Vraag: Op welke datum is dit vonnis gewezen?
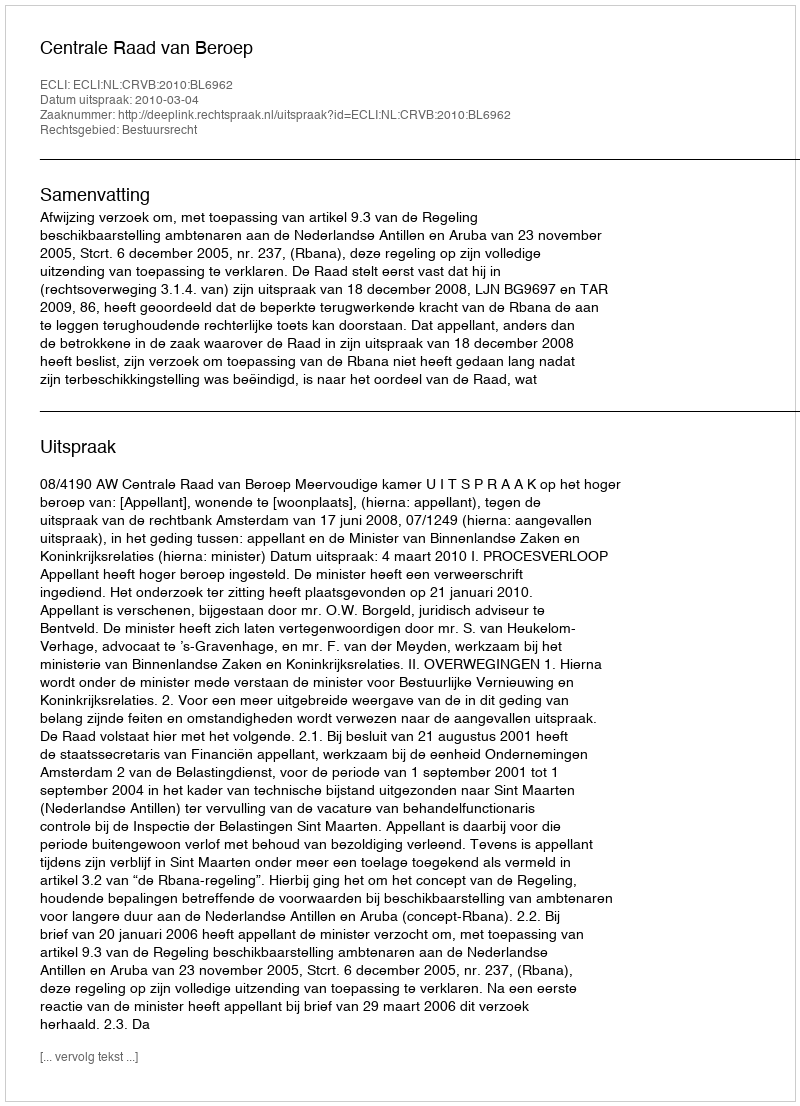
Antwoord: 2010-03-04